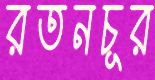
রতনচূর